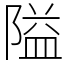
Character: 隘